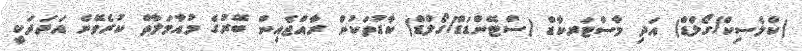
(ކްލެސިކް/ގޯލްޑް) އަދި މާސްޓަރކާޑް (ސްޓޭންޑަޑް/ގޯލްޑް) ކާޑުތަކުން ރާއްޖެއިން ބޭރުގެ މުއާމަލާތް ކުރެވޭނެ އަދަދަކީ